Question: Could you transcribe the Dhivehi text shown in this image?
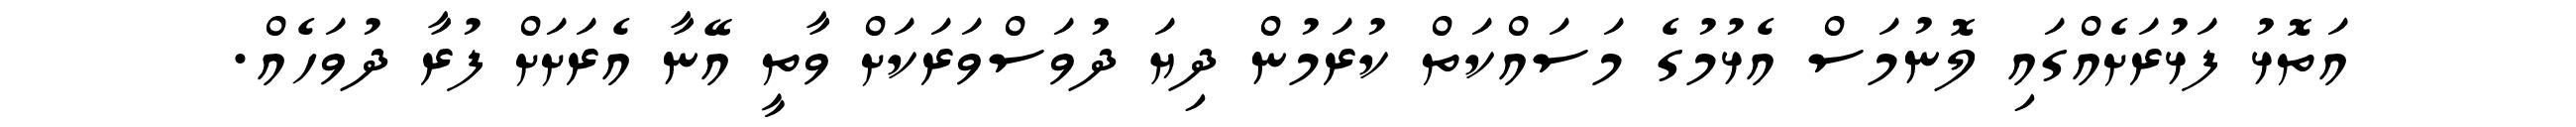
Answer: އަތޮޅު ފަޅުރަށެއްގައި ލޮނުމަސް އެޅުމުގެ މަސައްކަތް ކުރަމުން ދިޔަ ދުވަސްވަރަކަށް ވާތީ އޭނާ އެރަށަށް ފުރާ ދުވަހެއް.